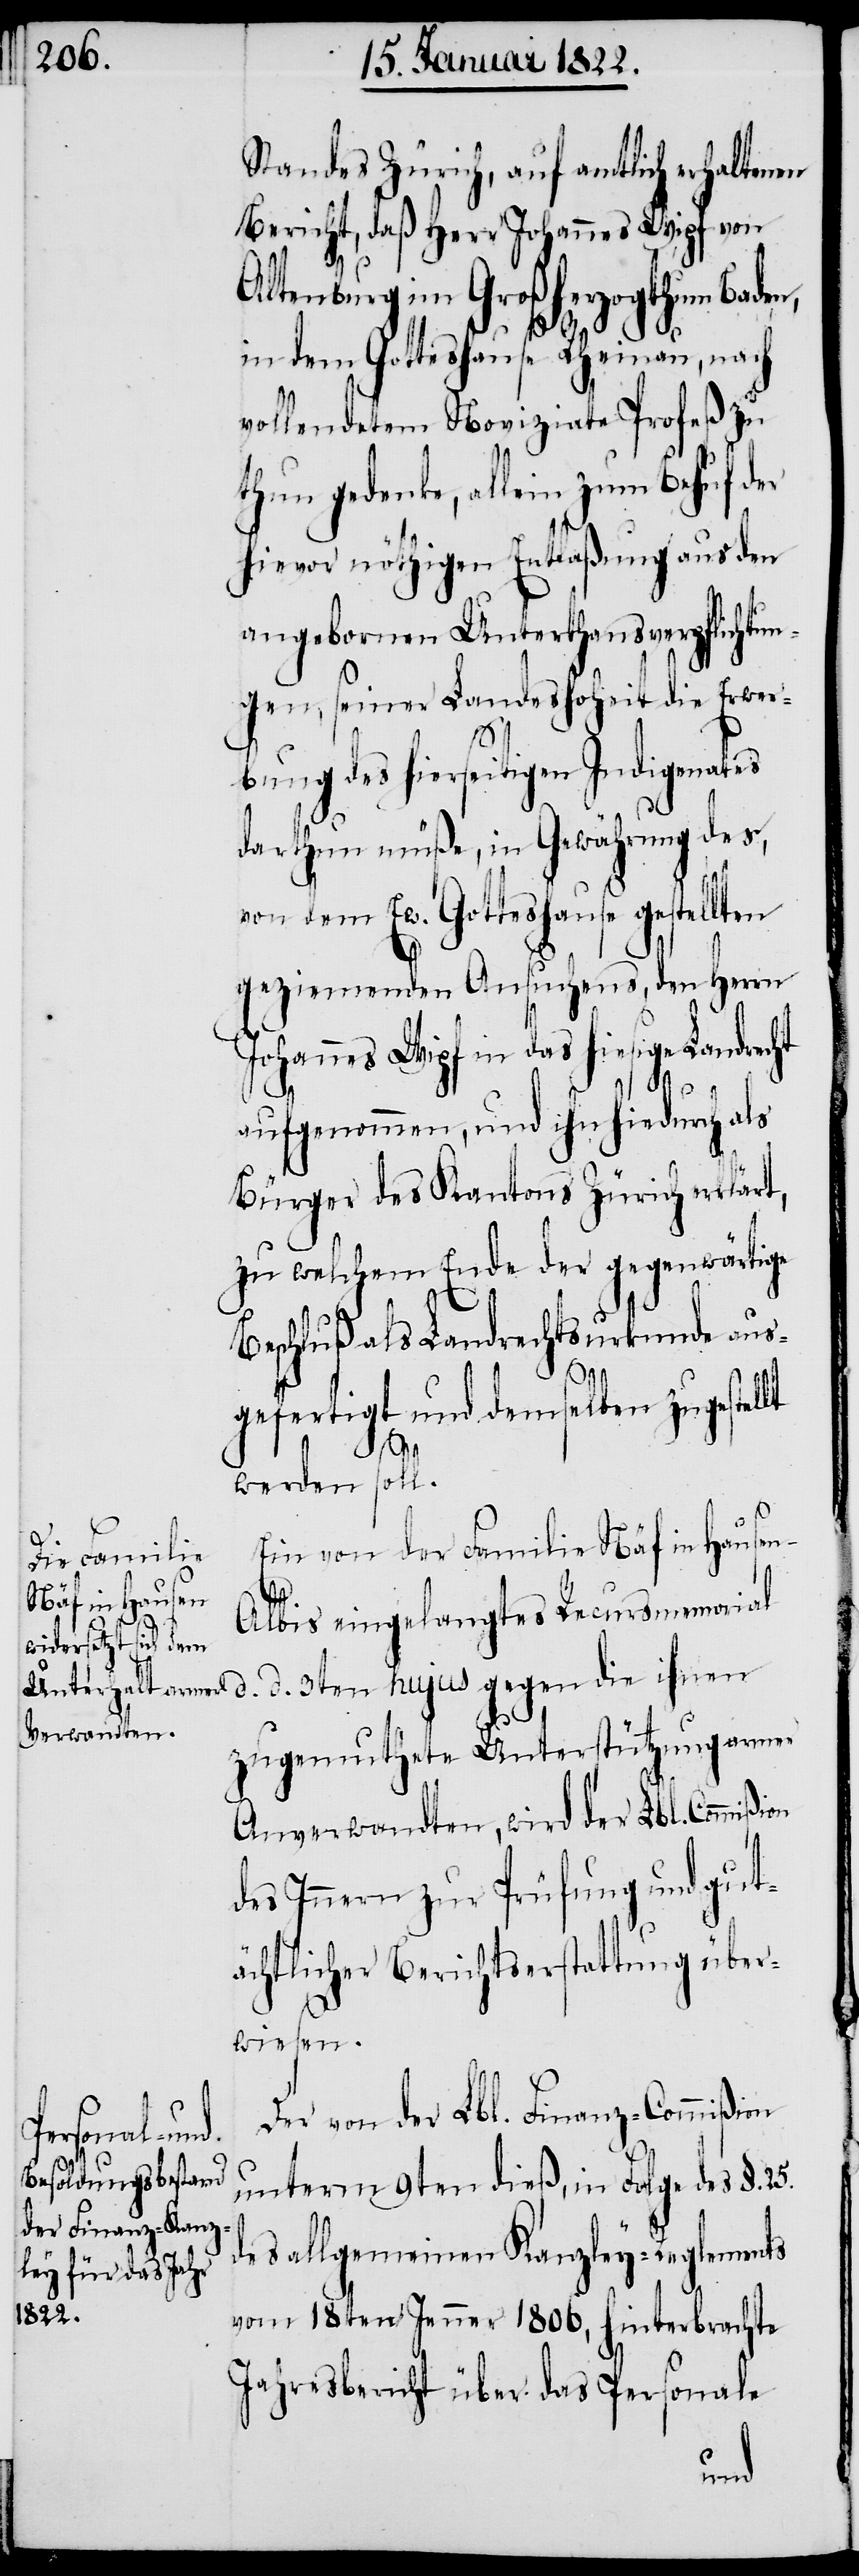
Standes Zürich, auf amtlich erhaltenen
Bericht, daß Herr Johannes Wipf von
Altenburg im Großherzogthum Baden,
in dem Gotteshause Rheinau, nach
vollendetem Noviziate Profeß zu
thun gedenke, allein zum Behuf der
hievor nöthigen Entlaßung aus den
angebornen Unterthansverpflichtun¬
gen, seiner Landeshoheit die Erwer¬
bung des hierseitigen Indigenates
darthun müße, in Gewährung des,
von dem Ew. Gotteshause gestellten
geziemenden Ansuchens, den Herrn
Johannes Wipf in das hiesige Landrecht
aufgenommen, und ihn hiedurch als
Bürger des Kantons Zürich erklärt,
zu welchem Ende der gegenwärtige
Beschluß als Landrechtsurkunde aus¬
gefertigt und demselben zugestellt
werden soll.
Ein von der Familie Näf in Hause¬
on
lbis eingelangtes Recursmemorial
d. d. 3ten hujus gegen die ihnen
zugemuthete Unterstützung armer
Anverwandten, wird der Lbl. Commißi¬
des Innern zur Prüfung und gut¬
ächtlicher Berichtserstattung über¬
wiesen.
Der von der Lbl. Finanz-Commißion
unterm 9ten dieß, in Folge des §. 25.
des allgemeinen Kanzley-Reglements
vom 18ten Jenner 1806, hinterbrachte
Jahresbericht über das Personale